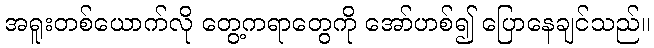
အရူးတစ်ယောက်လို တွေ့ကရာတွေကို အော်ဟစ်၍ ပြောနေချင်သည်။